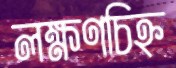
লক্ষণচিহ্ন